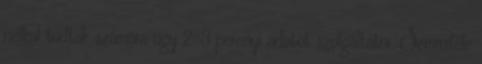
nélkül tudtak számára úgy 2-3 percnyi adatot szolgáltatni. Semmiféle